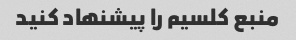
منبع کلسیم را پیشنهاد کنید